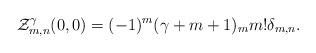
LaTeX: \begin{align*}\mathcal{Z}_{m,n}^{\gamma}(0,0) &= (-1)^m(\gamma+m+1)_{m} m! \delta_{m,n}.\end{align*}